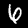
Label: 6